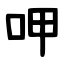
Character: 呷